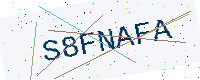
Text: S8FNAFA